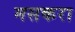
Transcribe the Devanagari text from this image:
मसकरा